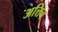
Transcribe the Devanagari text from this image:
अत्तिच